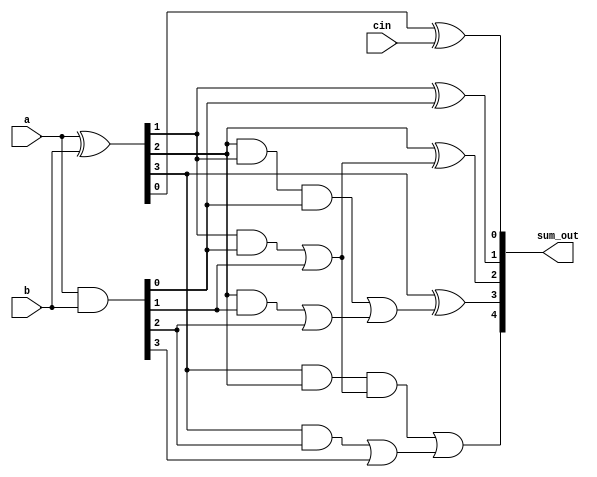
`timescale 1ns / 1ps

module kogge_stone(
    input [3:0]a,b,
    input cin,
    output [4:0]sum_out
        );
    wire [3:0] p,g,prop_gen,carry_gen,carry_cascade,prop_cascade,c,sum;
    
    assign p=a^b;
    assign g=a&b;
    
    assign carry_gen[0]=(g[0]);
    assign prop_gen[0]=(p[0]);
    
    assign carry_gen[1]=(p[1]&g[0])|g[1];
    assign prop_gen[1]=(p[1]&p[0]);
    
    assign carry_gen[2]=(p[2]&g[1])|g[2];
    assign prop_gen[2]=p[2]&p[1];
    
    assign carry_gen[3]=(p[3]&g[2])|g[3];
    assign prop_gen[3]=p[3]&p[2];
    
    assign carry_cascade[0]=carry_gen[0];
    assign prop_cascade[0]=prop_gen[0];
    
    assign carry_cascade[1]=carry_gen[1];
    assign prop_cascade[1]=prop_gen[1];
    
    assign carry_cascade[2]=(prop_gen[2]&carry_gen[0])|carry_gen[2];
    assign prop_cascade[2]=prop_gen[2]&prop_gen[0];
    
    assign carry_cascade[3]=(prop_gen[3]&carry_gen[1])|carry_gen[3];
    assign prop_cascade[3]=prop_gen[3]&prop_gen[1];
    
    assign c = carry_cascade;
    assign sum[0]=p[0]^cin;
    assign sum[1]=p[1]^c[0];
    assign sum[2]=p[2]^c[1];
    assign sum[3]=p[3]^c[2];
    assign sum_out = {c[3],sum};
    
endmodule